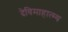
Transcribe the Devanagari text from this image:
देविमाहात्म्य